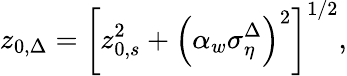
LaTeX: z_{0,\Delta}=\left[z_{0,s}^{2}+\left(\alpha_{w}\sigma_{\eta}^{\Delta}\right)^{2}\right]^{1/2},